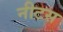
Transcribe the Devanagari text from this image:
नीटस